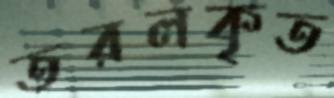
তরলকৃত